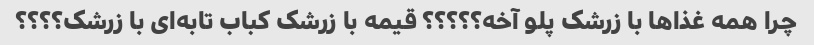
چرا همه غذاها با زرشک پلو آخه؟؟؟؟؟ قیمه با زرشک کباب تابه‌ای با زرشک؟؟؟؟